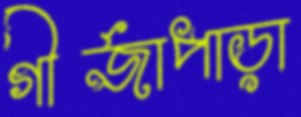
গীর্জাপাড়া